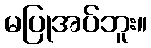
မပြုအပ်ဘူး။